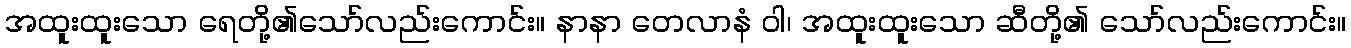
အထူးထူးသော ရေတို့၏သော်လည်းကောင်း။ နာနာ တေလာနံ ဝါ၊ အထူးထူးသော ဆီတို့၏ သော်လည်းကောင်း။